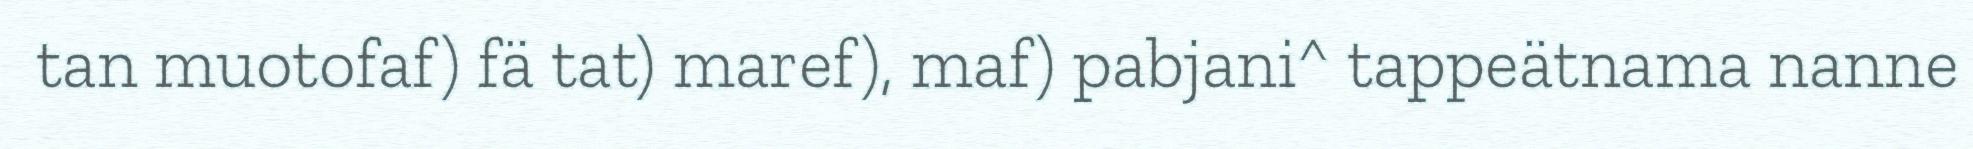
tan muotofaf) fä tat) maref), maf) pabjani^ tappeätnama nanne